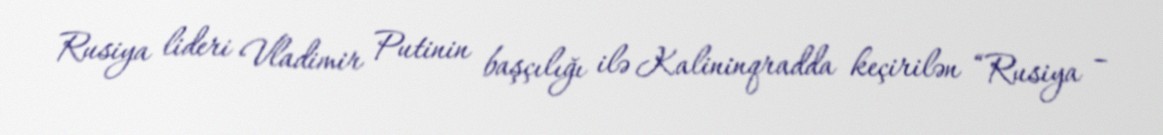
Rusiya lideri Vladimir Putinin başçılığı ilə Kalininqradda keçirilən “Rusiya –